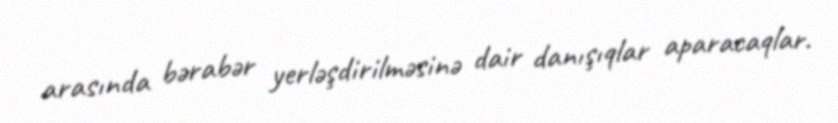
arasında bərabər yerləşdirilməsinə dair danışıqlar aparacaqlar.